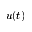
u ( t )